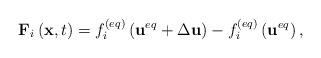
LaTeX: \begin{align*}{{\bf{F}}_i}\left( {{\bf{x}},t} \right) = f_i^{\left( {eq} \right)}\left( {{{\bf{u}}^{eq}} + \Delta {\bf{u}}} \right) - f_i^{\left( {eq} \right)}\left( {{{\bf{u}}^{eq}}} \right),\end{align*}